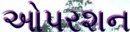
ઓપરશન